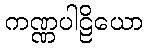
ကဏ္ဏပါဠိယော